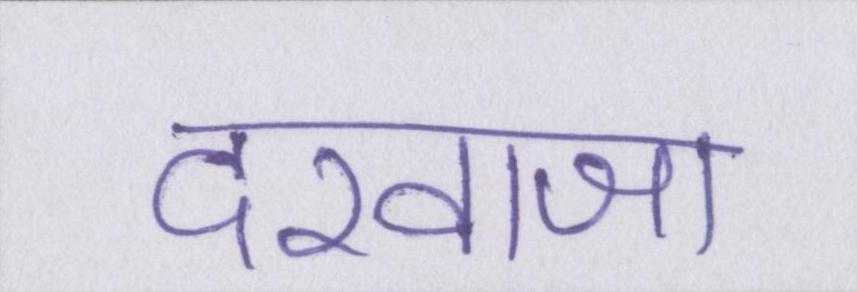
दरवाजा